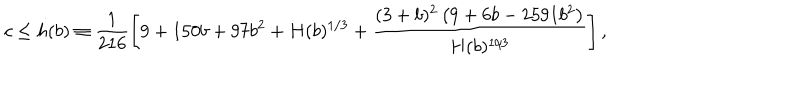
c \le h ( b ) \equiv \frac { 1 } { 2 1 6 } \left[ 9 + 1 5 0 b + 9 7 b ^ { 2 } + H ( b ) ^ { 1 / 3 } + \frac { ( 3 + b ) ^ { 2 } \left( 9 + 6 b - 2 5 9 1 b ^ { 2 } \right) } { H ( b ) ^ { 1 / 3 } } \right] ,